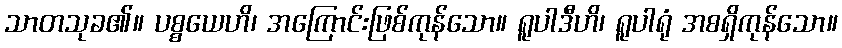
သာတသုခ၏။ ပစ္စယေဟိ၊ အကြောင်းဖြစ်ကုန်သော။ ရူပါဒီဟိ၊ ရူပါရုံ အစရှိကုန်သော။